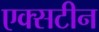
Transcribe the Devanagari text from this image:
एक्सटीन